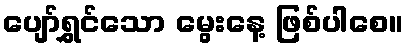
ပျော်ရွှင်သော မွေးနေ့ ဖြစ်ပါစေ။